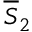
\overline { { S } } _ { 2 }